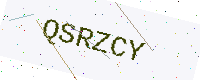
Text: QSRZCY